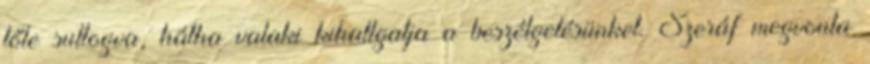
tőle suttogva, hátha valaki kihallgatja a beszélgetésünket. Szeráf megvonta